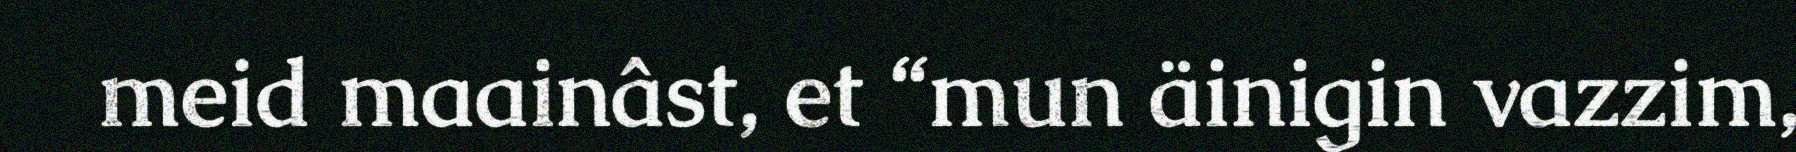
meid maainâst, et “mun äinigin vazzim,